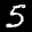
Label: 5